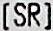
[SR]